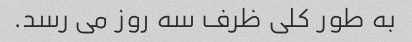
به طور کلی ظرف سه روز می رسد.